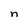
Character: n